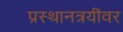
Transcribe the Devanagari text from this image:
प्रस्थानत्रयींवर